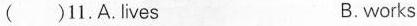
( )11.A.lives B.works